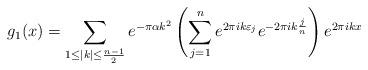
LaTeX: \begin{align*} g_1(x) &= \sum_{1 \leq |k| \leq \frac{n-1}{2}} e^{-\pi \alpha k^2} \left( \sum_{j=1}^{n} e^{2 \pi i k \varepsilon_j } e^{-2 \pi i k \frac{j}{n} }\right)e^{2 \pi i k x}\end{align*}